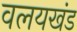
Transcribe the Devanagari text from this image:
वलयखंड